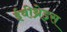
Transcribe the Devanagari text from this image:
ईवीथ्रेड्स